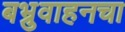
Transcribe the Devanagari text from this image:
बभ्रुवाहनचा